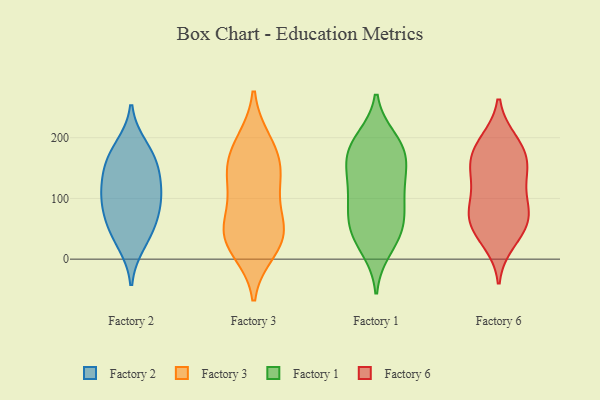
{"axis": {"x": "Bounce Rate (%)", "y": "Value"}, "legend": ["Factory 1", "Factory 2", "Factory 3", "Factory 6"], "data": [{"x": "", "y": 96, "type": "Factory 2"}, {"x": "", "y": 161, "type": "Factory 2"}, {"x": "", "y": 52, "type": "Factory 2"}, {"x": "", "y": 184, "type": "Factory 2"}, {"x": "", "y": 131, "type": "Factory 2"}, {"x": "", "y": 162, "type": "Factory 2"}, {"x": "", "y": 114, "type": "Factory 2"}, {"x": "", "y": 95, "type": "Factory 2"}, {"x": "", "y": 61, "type": "Factory 2"}, {"x": "", "y": 27, "type": "Factory 2"}, {"x": "", "y": 192, "type": "Factory 3"}, {"x": "", "y": 97, "type": "Factory 3"}, {"x": "", "y": 130, "type": "Factory 3"}, {"x": "", "y": 36, "type": "Factory 3"}, {"x": "", "y": 16, "type": "Factory 3"}, {"x": "", "y": 49, "type": "Factory 3"}, {"x": "", "y": 39, "type": "Factory 3"}, {"x": "", "y": 181, "type": "Factory 3"}, {"x": "", "y": 45, "type": "Factory 3"}, {"x": "", "y": 141, "type": "Factory 3"}, {"x": "", "y": 154, "type": "Factory 3"}, {"x": "", "y": 48, "type": "Factory 1"}, {"x": "", "y": 198, "type": "Factory 1"}, {"x": "", "y": 173, "type": "Factory 1"}, {"x": "", "y": 136, "type": "Factory 1"}, {"x": "", "y": 87, "type": "Factory 1"}, {"x": "", "y": 48, "type": "Factory 1"}, {"x": "", "y": 30, "type": "Factory 1"}, {"x": "", "y": 112, "type": "Factory 1"}, {"x": "", "y": 162, "type": "Factory 1"}, {"x": "", "y": 64, "type": "Factory 1"}, {"x": "", "y": 196, "type": "Factory 1"}, {"x": "", "y": 171, "type": "Factory 1"}, {"x": "", "y": 71, "type": "Factory 1"}, {"x": "", "y": 133, "type": "Factory 1"}, {"x": "", "y": 181, "type": "Factory 1"}, {"x": "", "y": 108, "type": "Factory 1"}, {"x": "", "y": 16, "type": "Factory 1"}, {"x": "", "y": 138, "type": "Factory 6"}, {"x": "", "y": 195, "type": "Factory 6"}, {"x": "", "y": 145, "type": "Factory 6"}, {"x": "", "y": 170, "type": "Factory 6"}, {"x": "", "y": 79, "type": "Factory 6"}, {"x": "", "y": 158, "type": "Factory 6"}, {"x": "", "y": 56, "type": "Factory 6"}, {"x": "", "y": 174, "type": "Factory 6"}, {"x": "", "y": 28, "type": "Factory 6"}, {"x": "", "y": 88, "type": "Factory 6"}, {"x": "", "y": 195, "type": "Factory 6"}, {"x": "", "y": 72, "type": "Factory 6"}, {"x": "", "y": 40, "type": "Factory 6"}, {"x": "", "y": 59, "type": "Factory 6"}, {"x": "", "y": 129, "type": "Factory 6"}, {"x": "", "y": 92, "type": "Factory 6"}]}